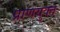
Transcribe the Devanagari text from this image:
प्राणयुक्त